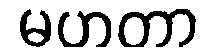
မဟတာ